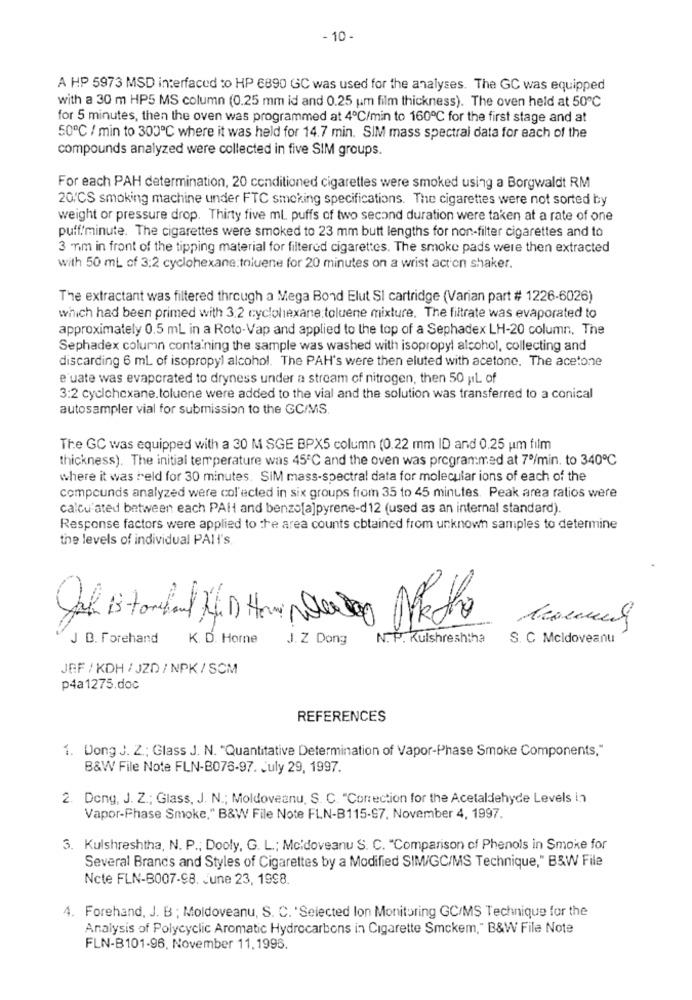
- 10 -
A HP 5973 MSD interfaced to HP 6890 GC was used for the analyses. The GC was equipped
with a 30 m HP5 MS column (0.25 mm id and 0.25 um film thickness). The oven held at 50℃
for 5 minutes, then the oven was programmed at 4℃/min to 160℃ for the first stage and at
50℃ / min to 300℃ where it was held for 14.7 min. SIM mass spectrai data for each of the
compounds analyzed were collected in five SIM groups.
For each PAH determination, 20 conditioned cigarettes were smoked using a Borgwaldt RM
20/CS smoking machine under FTC smoking specifications. The cigarettes were not sorted by
weight or pressure drop. Thirty five ml puffs of two second duration were taken at a rate of one
puff!minute. The cigarettes were smoked to 23 mm butt lengths for non-filter cigarettes and to
3 mm in front of the tipping material for filtered cigarettes. The smoke pads were then extracted
with 50 mL of 3:2 cyclohexane:toluene for 20 minutes on a wrist action shaker.
The extractant was filtered through a Mega Bond Elut SI cartridge (Varian part # 1226-6026)
which had been primed with 3:2 cyclohexane:toluene mixture. The filtrate was evaporated to
approximately 0.5 mL in a Roto-Vap and applied to the top of a Sephadex LH-20 column. The
Sephadex column containing the sample was washed with isopropyl alcohol, collecting and
discarding 6 mL of isopropyl alcohol. The PAH's were then eluted with acetone. The acetone
e'uate was evaporated to dryness under a stream of nitrogen, then 50 ;IL of
3:2 cyclohexane.toluene were added to the vial and the solution was transferred to a conical
autosampler vial for submission to the GC/MS.
The GC was equipped with a 30 M SGE BPX5 column (0.22 mm ID and 0.25 um film
thickness). The initial temperature was 45℃ and the oven was programmed at 7º/min. to 340℃
where it was held for 30 minutes. SIM mass-spectral data for molecular ions of each of the
compounds analyzed were col'ected in six groups from 35 to 45 minutes. Peak area ratios were
calculated between each PAH and benzo[a]pyrene-d12 (used as an internal standard).
Response factors were applied to the area counts cbtained from unknown samples to determine
the levels of individual PAIt's
J B. Forehand K. D. Horne
J. Z Dong
N. P. Kulshreshiha
S. C Mcldoveanu
JEF / KDH / JZD/ NPK/ SCM
p4a1275.doc
REFERENCES
1. Dong J. Z .; Glass J. N. "Quantitative Determination of Vapor-Phase Smoke Components,"
B&W File Note FLN-B076-97. July 29, 1997.
2. Dong, J. Z .; Glass, J. N .; Moldoveanu, S. C. "Correction for the Acetaldehyde Levels in
Vapor-Phase Smoke," B&W File Note FLN-B115-97. November 4, 1997.
3. Kulshreshtha, N. P .; Dooly, G. L .; Mc:doveanu S. C. "Comparison of Phenols in Smoke for
Several Brands and Styles of Cigarettes by a Modified SIM/GC/MS Technique," B&W File
Ncte FLN-B007-98. June 23, 1998.
4. Forehand, J. B ; Moldoveanu, S. C. 'Selected lon Monitoring GC/MS Technique for the
Analysis of Polycyclic Aromatic Hydrocarbons in Cigarette Smckem," B&W File Note
FLN-B101-96. November 11,1996.